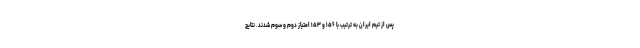
پس از تیم ایران به ترتیب با ۱۵۶ و ۱۵۳ امتیاز دوم و سوم شدند. نتایج